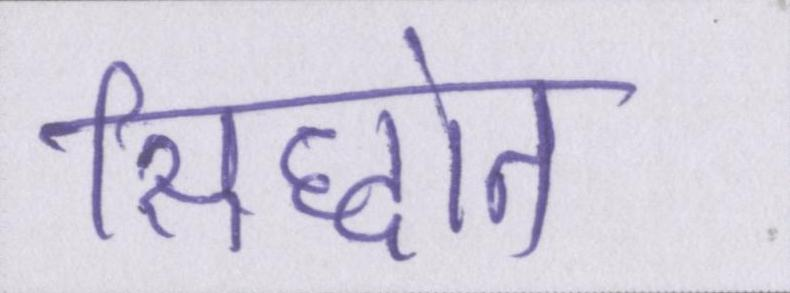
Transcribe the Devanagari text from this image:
सिद्धांत